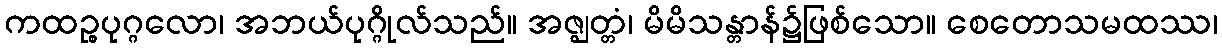
ကထဉ္စပုဂ္ဂလော၊ အဘယ်ပုဂ္ဂိုလ်သည်။ အဇ္ဈတ္တံ၊ မိမိသန္တာန်၌ဖြစ်သော။ စေတောသမထဿ၊